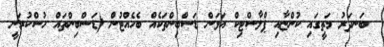
ބަނދަރު މަތީގައި ކުންޏާއި ޕްލާސްޓިކް އަޅަން ޑަސްބިންތަކެއް ބެހެއްޓުން (ޑަސްބިންތައް ހުސްކުރަނީ